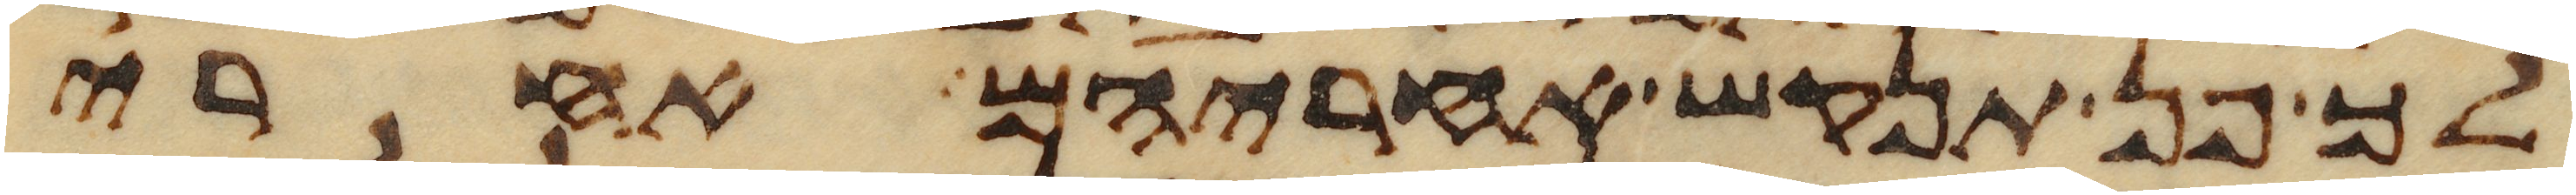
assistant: לך פן תנקש אחריהם אחרי